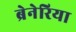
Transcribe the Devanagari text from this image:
ब्रेनेरिया